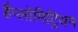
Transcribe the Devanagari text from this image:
हैप्लोमिट्रियम